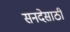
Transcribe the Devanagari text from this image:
सनदेसाठी